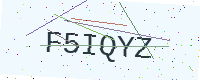
Text: F5IQYZ